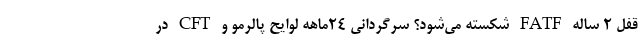
قفل ۲ ساله FATF شکسته می‌شود؟ سرگردانی ۲۴ماهه لوایح پالرمو و CFT در